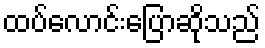
ထပ်လောင်းပြောဆိုသည်